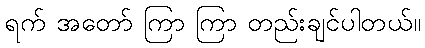
ရက် အတော် ကြာ ကြာ တည်းချင်ပါတယ်။